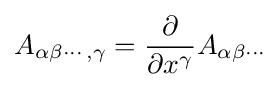
A_{\alpha \beta \cdots ,\gamma }={\dfrac {\partial }{\partial x^{\gamma }}}A_{\alpha \beta \cdots }